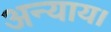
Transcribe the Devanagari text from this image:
अन्याय।